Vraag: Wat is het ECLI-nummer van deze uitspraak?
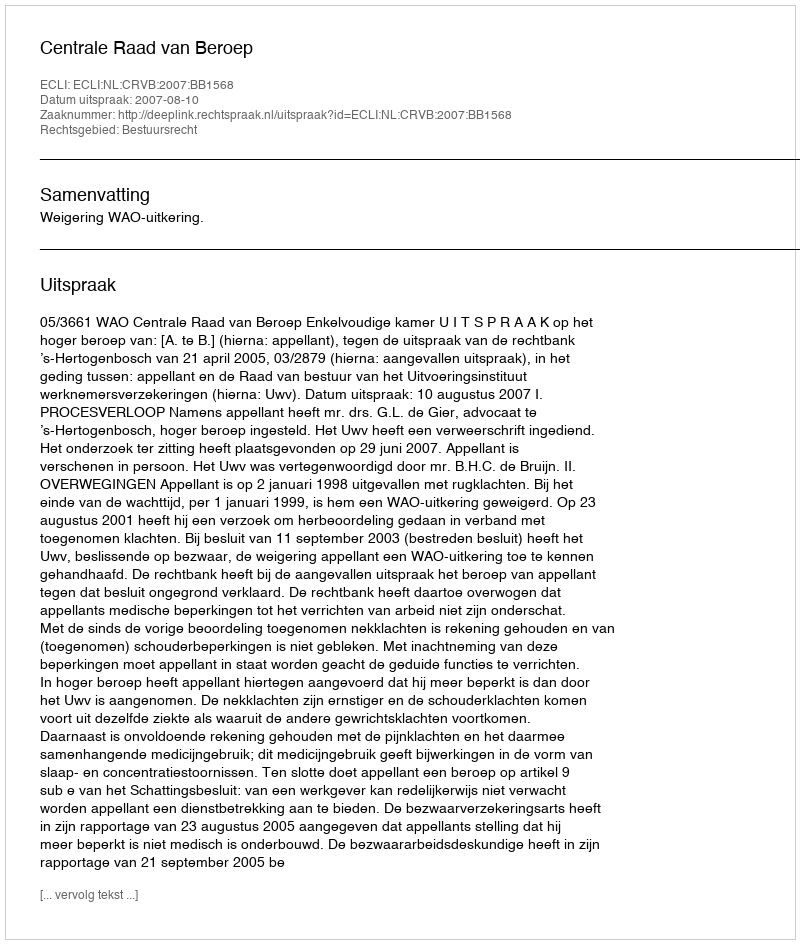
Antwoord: ECLI:NL:CRVB:2007:BB1568